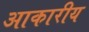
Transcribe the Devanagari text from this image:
आकारीय